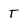
Character: T